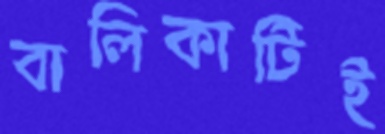
বালিকাটিই